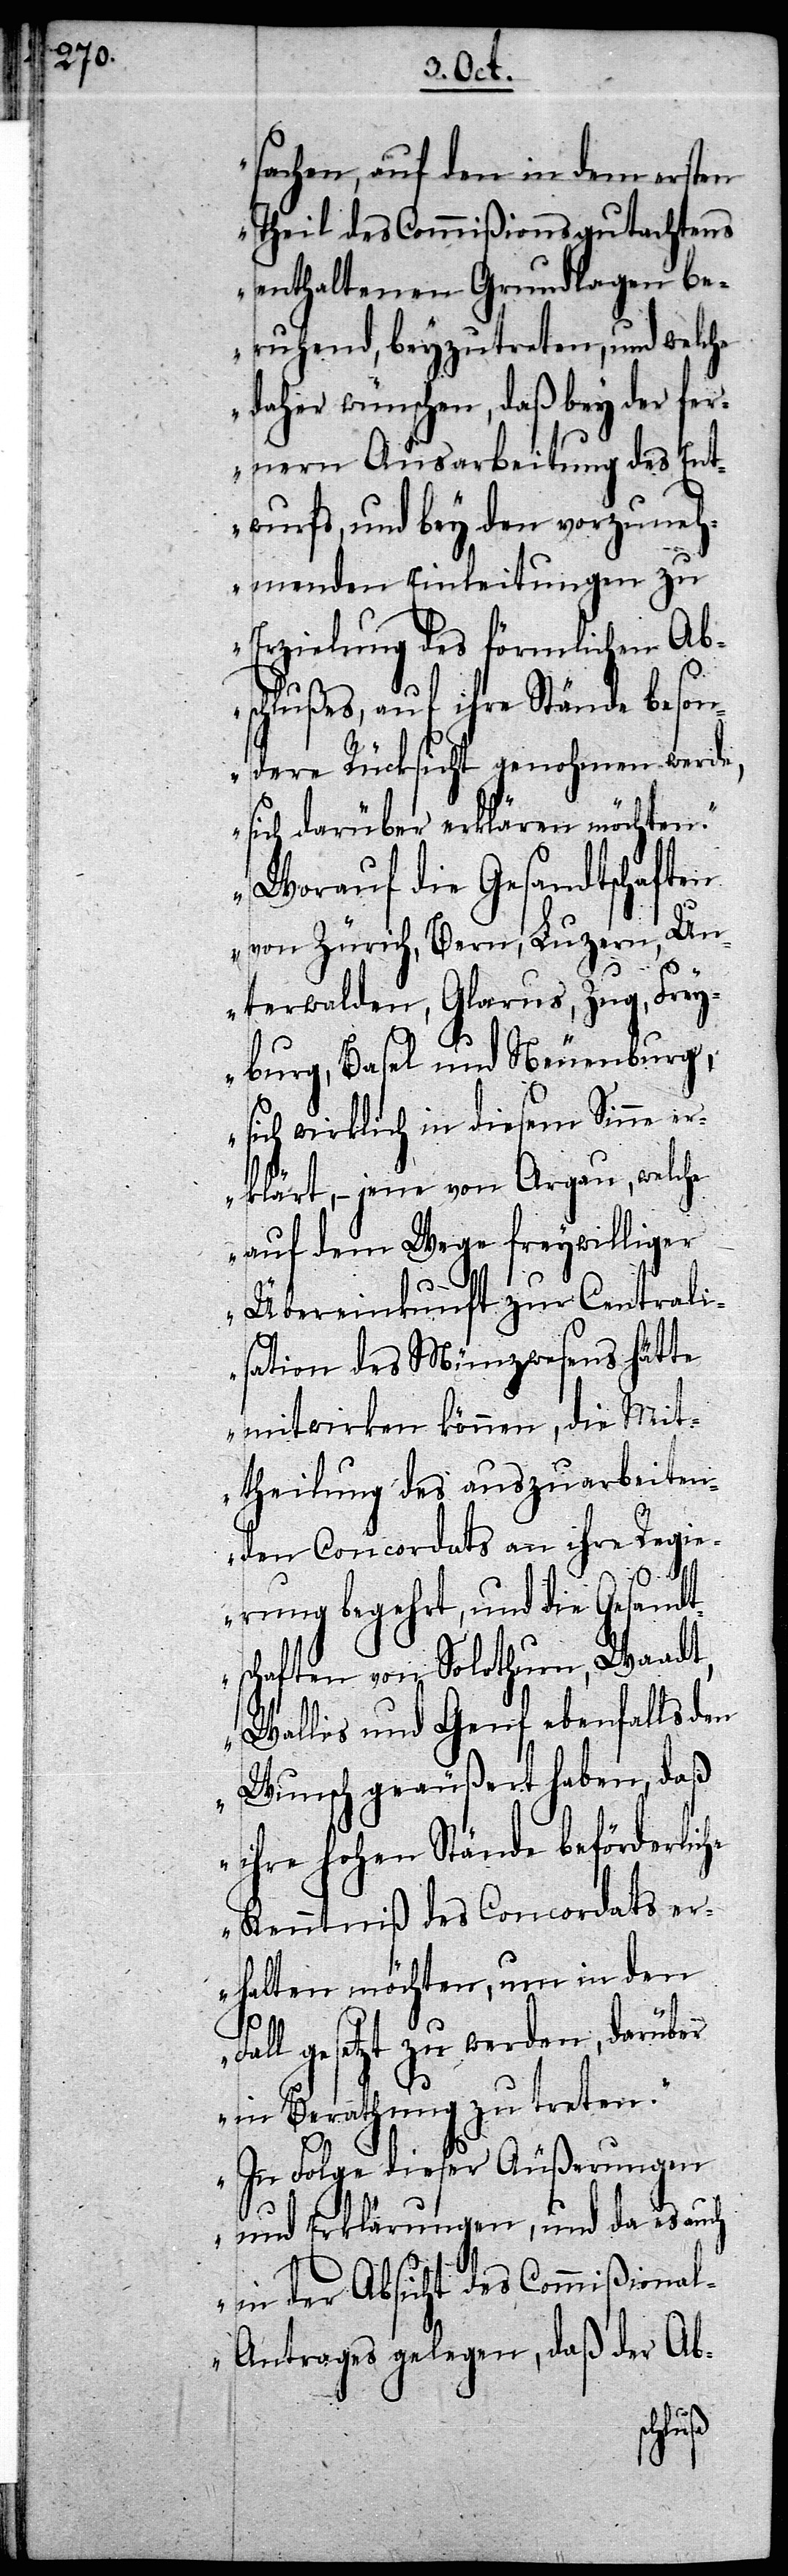
sachen, auf den in dem ersten
Theil des Commißionsgutachtens
enthaltenen Grundlagen be¬
ruhend, beyzutreten, und welche
daher wünschen, daß bey der fer¬
nern Ausarbeitung des Ent¬
wurfs, und bey den vorzuneh¬
menden Einleitungen zu
Erzielung des förmlichen Ab¬
schlußes, auf ihre Stände beson¬
dere Rücksicht genohmen werde,
sich darüber erklären möchten.
Worauf die Gesandtschaften
von Zürich, Bern, Luzern, Un¬
terwalden, Glarus, Zug, Frey¬
burg, Basel und Neuenburg,
sich wirklich in diesem Sinne er¬
klärt, – jene von Argau, welche
auf dem Wege freywilliger
Übereinkunft zur Centrali¬
sation des Münzwesens hätte
mitwirken können, die Mit¬
theilung des auszuarbeiten¬
den Concordats an ihre Regi¬
erung begehrt, und die Gesandt¬
schaften von Solothurn, Waadt,
Wallis und Genf ebenfalls den
Wunsch geäußert haben daß
ihre hohen Stände beförderlic¬
Kenntniß des Concordats er¬
halten möchten, um in den
Fall gesetzt zu werden, darüber
in Berathung zu treten.
In Folge dieser Äußerungen
und Erklärungen, und da es auch
in der Absicht des Commißiona¬
l-Antrages gelegen, daß der Ab-
he